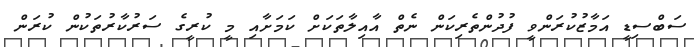
ސަބްސިޑީ އަމާޒުކުރަންވީ ފުދުންތެރިކަން ނެތް އާއިލާތަކަށް ކަމަށާއި މީ ކުރީގެ ސަރުކާރުތަކުން ކުރަން